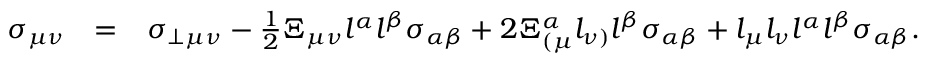
\begin{array} { r l r } { \sigma _ { \mu \nu } } & { = } & { \sigma _ { \perp \mu \nu } - \frac { 1 } { 2 } \Xi _ { \mu \nu } l ^ { \alpha } l ^ { \beta } \sigma _ { \alpha \beta } + 2 \Xi _ { ( \mu } ^ { \alpha } l _ { \nu ) } l ^ { \beta } \sigma _ { \alpha \beta } + l _ { \mu } l _ { \nu } l ^ { \alpha } l ^ { \beta } \sigma _ { \alpha \beta } . } \end{array}